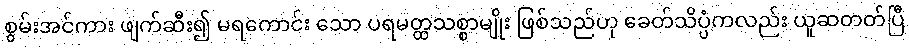
စွမ်းအင်ကား ဖျက်ဆီး၍ မရကောင်း သော ပရမတ္ထသစ္စာမျိုး ဖြစ်သည်ဟု ခေတ်သိပ္ပံကလည်း ယူဆတတ်ပြီ